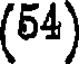
(54)